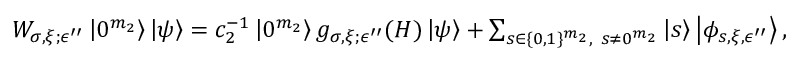
\begin{array} { r } { W _ { \sigma , \xi ; \epsilon ^ { \prime \prime } } \left| 0 ^ { m _ { 2 } } \right\rangle \left| \psi \right\rangle = c _ { 2 } ^ { - 1 } \left| 0 ^ { m _ { 2 } } \right\rangle g _ { \sigma , \xi ; \epsilon ^ { \prime \prime } } ( H ) \left| \psi \right\rangle + \sum _ { s \in \{ 0 , 1 \} ^ { m _ { 2 } } , ~ s \neq 0 ^ { m _ { 2 } } } \left| s \right\rangle \left| \phi _ { s , \xi , \epsilon ^ { \prime \prime } } \right\rangle , } \end{array}